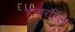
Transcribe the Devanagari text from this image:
हावरहिल